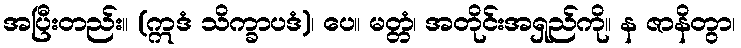
အပြီးတည်း။ (ဣဒံ သိက္ခာပဒံ)၊ ပေ။ မတ္တံ၊ အတိုင်းအရှည်ကို။ န ဇာနိတွာ၊